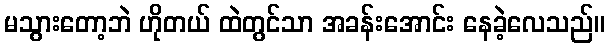
မသွားတော့ဘဲ ဟိုတယ် ထဲတွင်သာ အခန်းအောင်း နေခဲ့လေသည်။